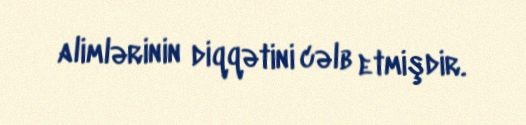
alimlərinin diqqətini cəlb etmişdir.